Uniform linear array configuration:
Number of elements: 16
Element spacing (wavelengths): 1
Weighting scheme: blackman
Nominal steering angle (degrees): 30
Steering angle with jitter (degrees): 28.099
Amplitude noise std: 0.05
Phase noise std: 0.05

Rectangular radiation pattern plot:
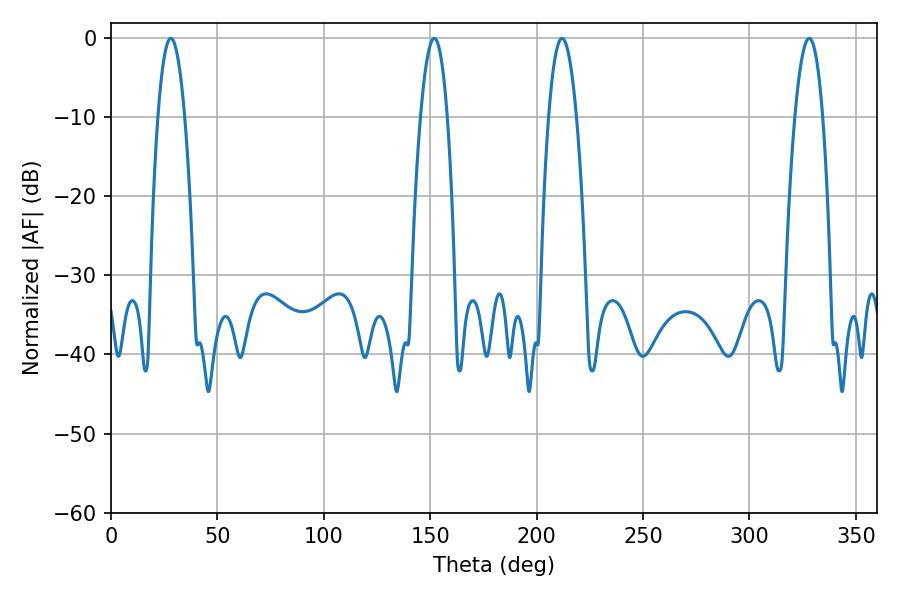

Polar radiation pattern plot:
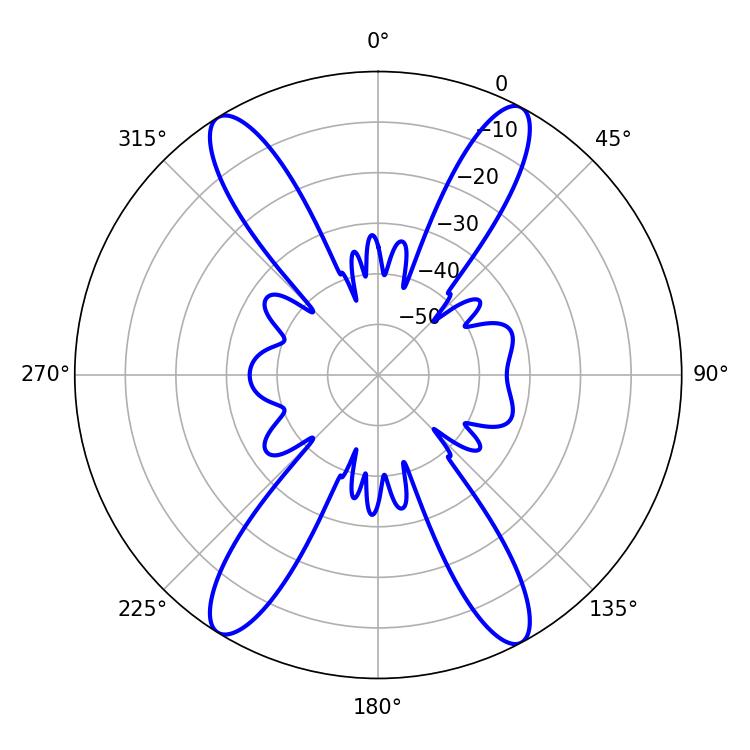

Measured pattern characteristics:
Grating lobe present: TRUE
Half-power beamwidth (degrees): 7.02
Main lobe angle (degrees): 28.08